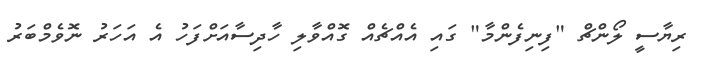
ރިޔާސީ ލޯންޗް "ފިނިފެންމާ" ގައި އެއްޗެއް ގޮއްވާލި ހާދިސާއަށްފަހު އެ އަހަރު ނޮވެމްބަރު